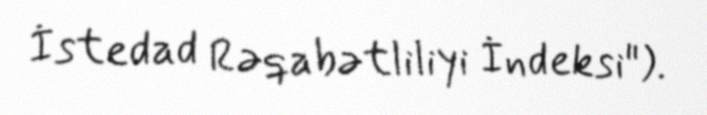
İstedad Rəqabətliliyi İndeksi").